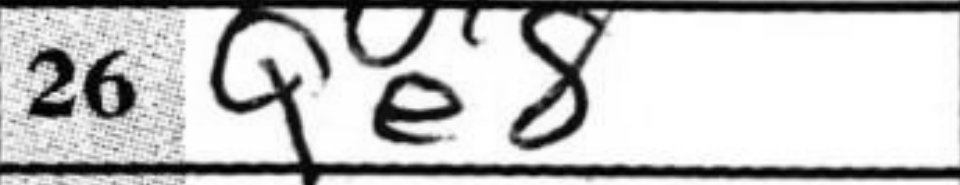
Transcription: Qe8